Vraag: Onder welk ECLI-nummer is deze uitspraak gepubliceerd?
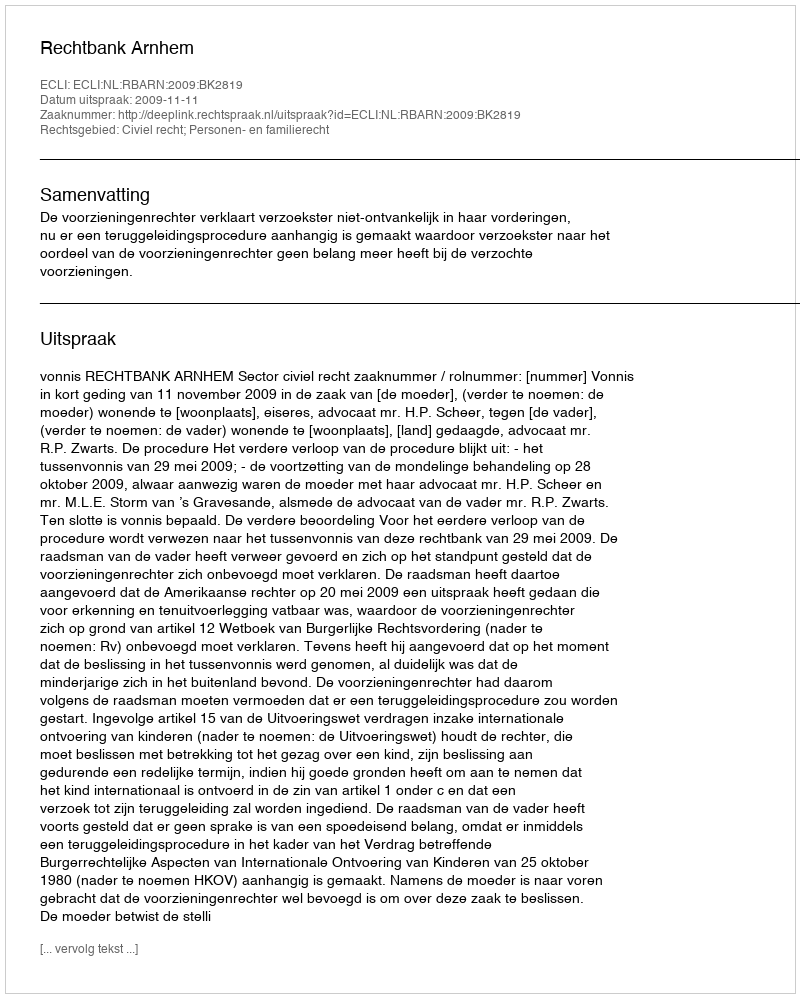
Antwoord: ECLI:NL:RBARN:2009:BK2819